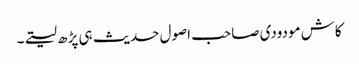
کاش مودودی صاحب اصول حدیث ہی پڑھ لیتے۔